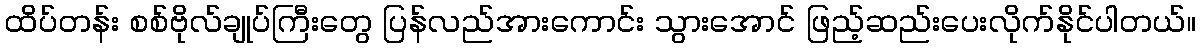
ထိပ်တန်း စစ်ဗိုလ်ချုပ်ကြီးတွေ ပြန်လည်အားကောင်း သွားအောင် ဖြည့်ဆည်းပေးလိုက်နိုင်ပါတယ်။